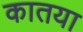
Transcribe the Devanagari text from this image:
कातया